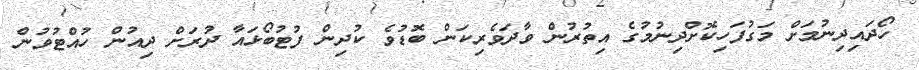
ހޯދައިދިނުމަށް މަގުފަހިކޮށްދިނުމުގެ އިތުރުން ވާދަވެރިކަން ބޮޑުވެ ކުދިން ފުޓުބޯޅައާ ދުރަށް ދިއުން ހުއްޓުވުން